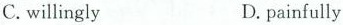
C.willingly D.painfully